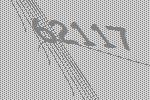
62117